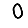
Digit: 0